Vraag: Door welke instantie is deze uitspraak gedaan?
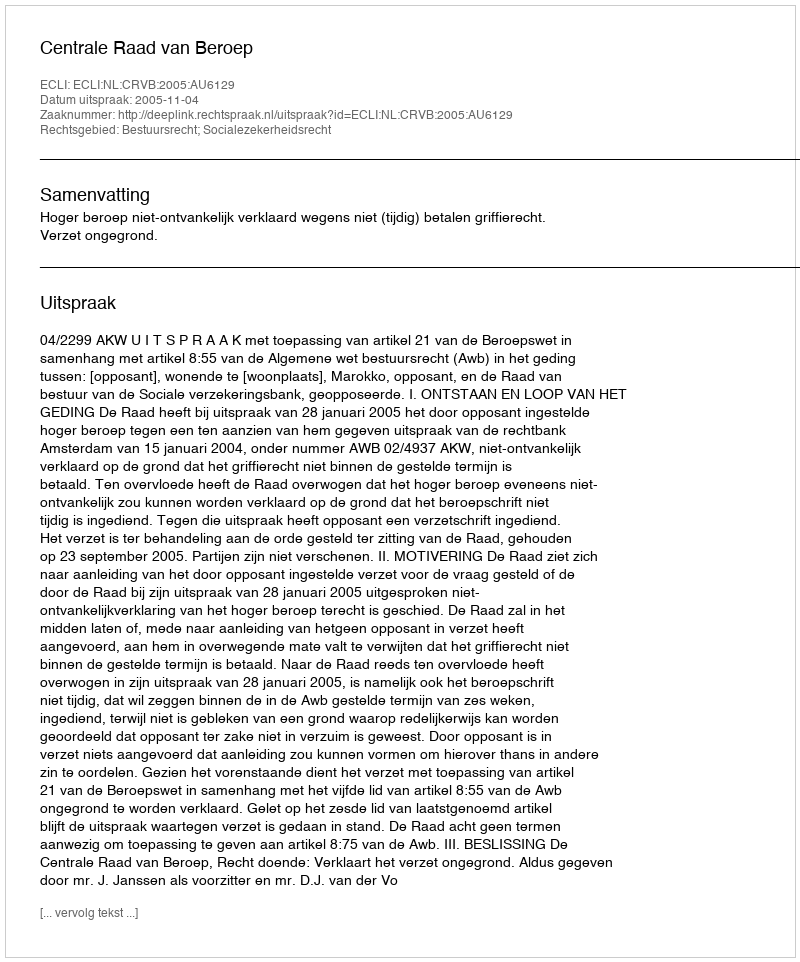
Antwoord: Centrale Raad van Beroep